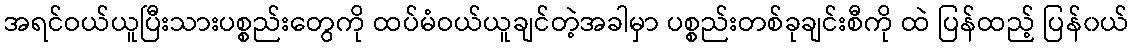
အရင်ဝယ်ယူပြီးသားပစ္စည်းတွေကို ထပ်မံဝယ်ယူချင်တဲ့အခါမှာ ပစ္စည်းတစ်ခုချင်းစီကို ထဲ ပြန်ထည့် ပြန်၀ယ်